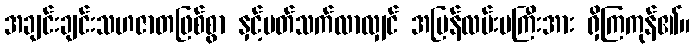
အချင်းချင်းသဟဇာတဖြစ်စွာ နှင့်ပတ်သက်လာလျှင် အမြန်လမ်းမကြီးအား ရှိကြကုန်၏။